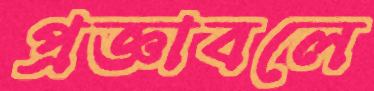
প্রজ্ঞাবলে